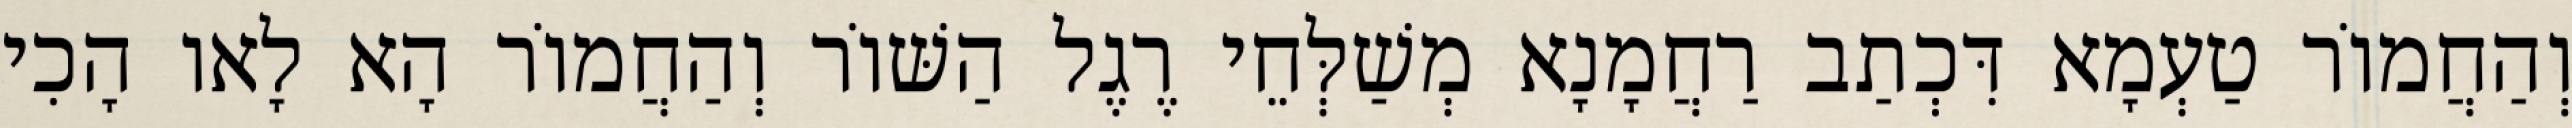
וְהַחֲמוֹר טַעְמָא דִּכְתַב רַחֲמָנָא מְשַׁלְּחֵי רֶגֶל הַשּׁוֹר וְהַחֲמוֹר הָא לָאו הָכִי